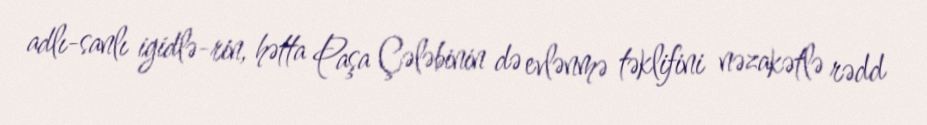
adlı-sanlı igidlə-rin, hətta Paşa Çələbinin də evlənmə təklifini nəzakətlə rədd